Indian Medical Review
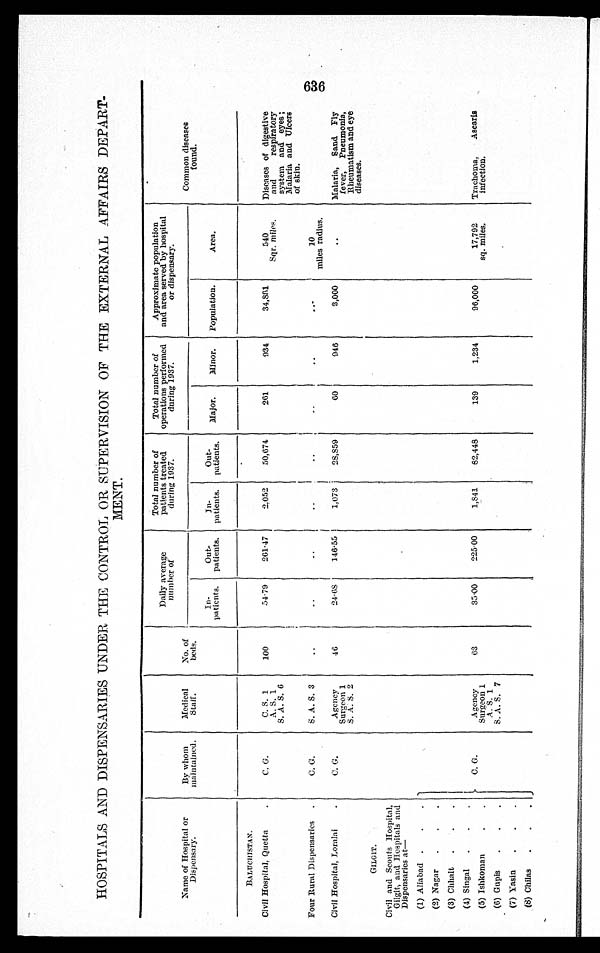
HOSPITALS AND DISPENSARIES UNDER THE CONTROL OR SUPERVISION OF THE EXTERNAL AFFAIRS DEPART-
MENT.
Name of Hospital or
Dispensary.
By whom
maintained. Medical Staff.
No. of
beds.
Daily average
number of
Total number of
patients treated
during 1937.
Total number of
operations performed
during 1937.
Approximate population
and area served by hospital
or dispensary.
Common diseases
found.
In-
patients. Out -
patients.
I n -
patients. Out-
patients. Major. Minor. Population.
Area.
BALUCHISTAN.
Civil Hospital, Quetta
C. G.
C. S. 1
A. S. 1
S. A. S. 6
100
54.79 261.47
2.052 50,674
261
934
34,881
540
Sqr. miles.
Diseases of digestive
and respiratory
system and
eyes; Mal ari a and Ul cers of ski n.
Four Rural Dispensaries
C. G.
S. A. S. 3
10
miles radius.
Civil Hospital, Loralai
C . G .
Agency
Surgeon 1
S. A. S. 2
46
24.68 146.55
1,073 28,859
60
946
3,000
Malaria, Sand Fly
fever, Pneumonia,
Rheumatism and eye
diseases.
GILGIT.
Civil and Scouts Hospital,
Gilgit, and Hospitals and
Di spensar i es at —
(1) Aliabad
C. G.
Agency
Surgeon 1
A. S. 1
S. A. S. 7
63
35.00 225.00
1,841 82,448
139
1,234
96,000
17,792
sq. miles. Trachoma, Ascaris
infection.
(2) Nagar
(3) Chhalt
(4) Singal
(5) Ishkoman
(6) Gupis
(7) Yasin
(8) Chilas
CZ
636